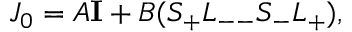
J _ { 0 } = A { \bf I } + B ( S _ { + } L _ { -- } S _ { - } L _ { + } ) ,